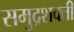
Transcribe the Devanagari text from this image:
समुद्रशक्ती